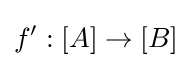
f':[A]\rightarrow [B]